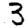
Digit: 3